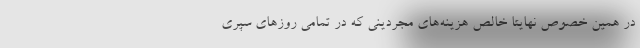
در همین خصوص نهایتا خالص هزینه‌های مجردینی که در تمامی روزهای سپری